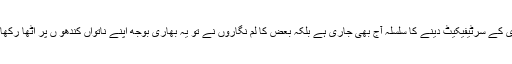
غداری کے سرٹیفیکیٹ دینے کا سلسلہ آج بھی جاری ہے بلکہ بعض کا لم نگاروں نے تو یہ بھاری بوجھ اپنے ناتواں کندھو ں پر اٹھا رکھا ہے ۔